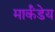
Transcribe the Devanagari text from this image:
मार्कंंडेय